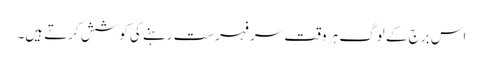
اس برج کے لوگ ہر وقت سر فہرست رہنے کی کوشش کرتے ہیں۔